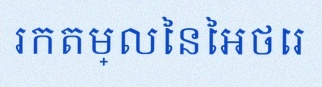
រកតម្លៃនៃអថេរ